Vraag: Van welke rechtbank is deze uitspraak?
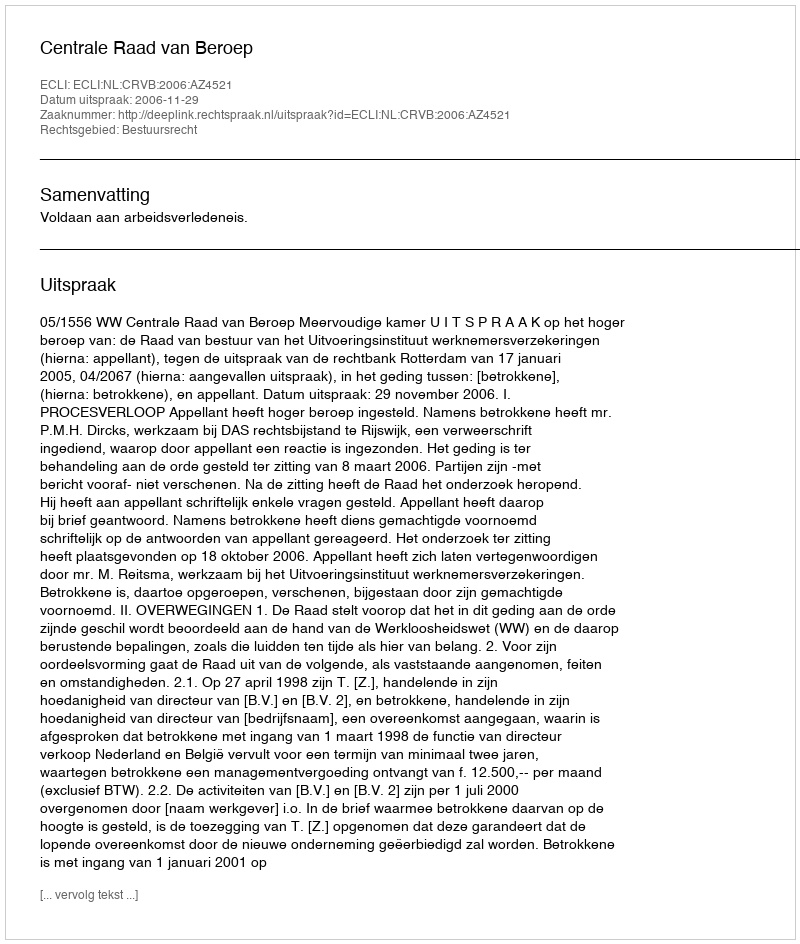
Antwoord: Centrale Raad van Beroep